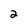
Character: 2